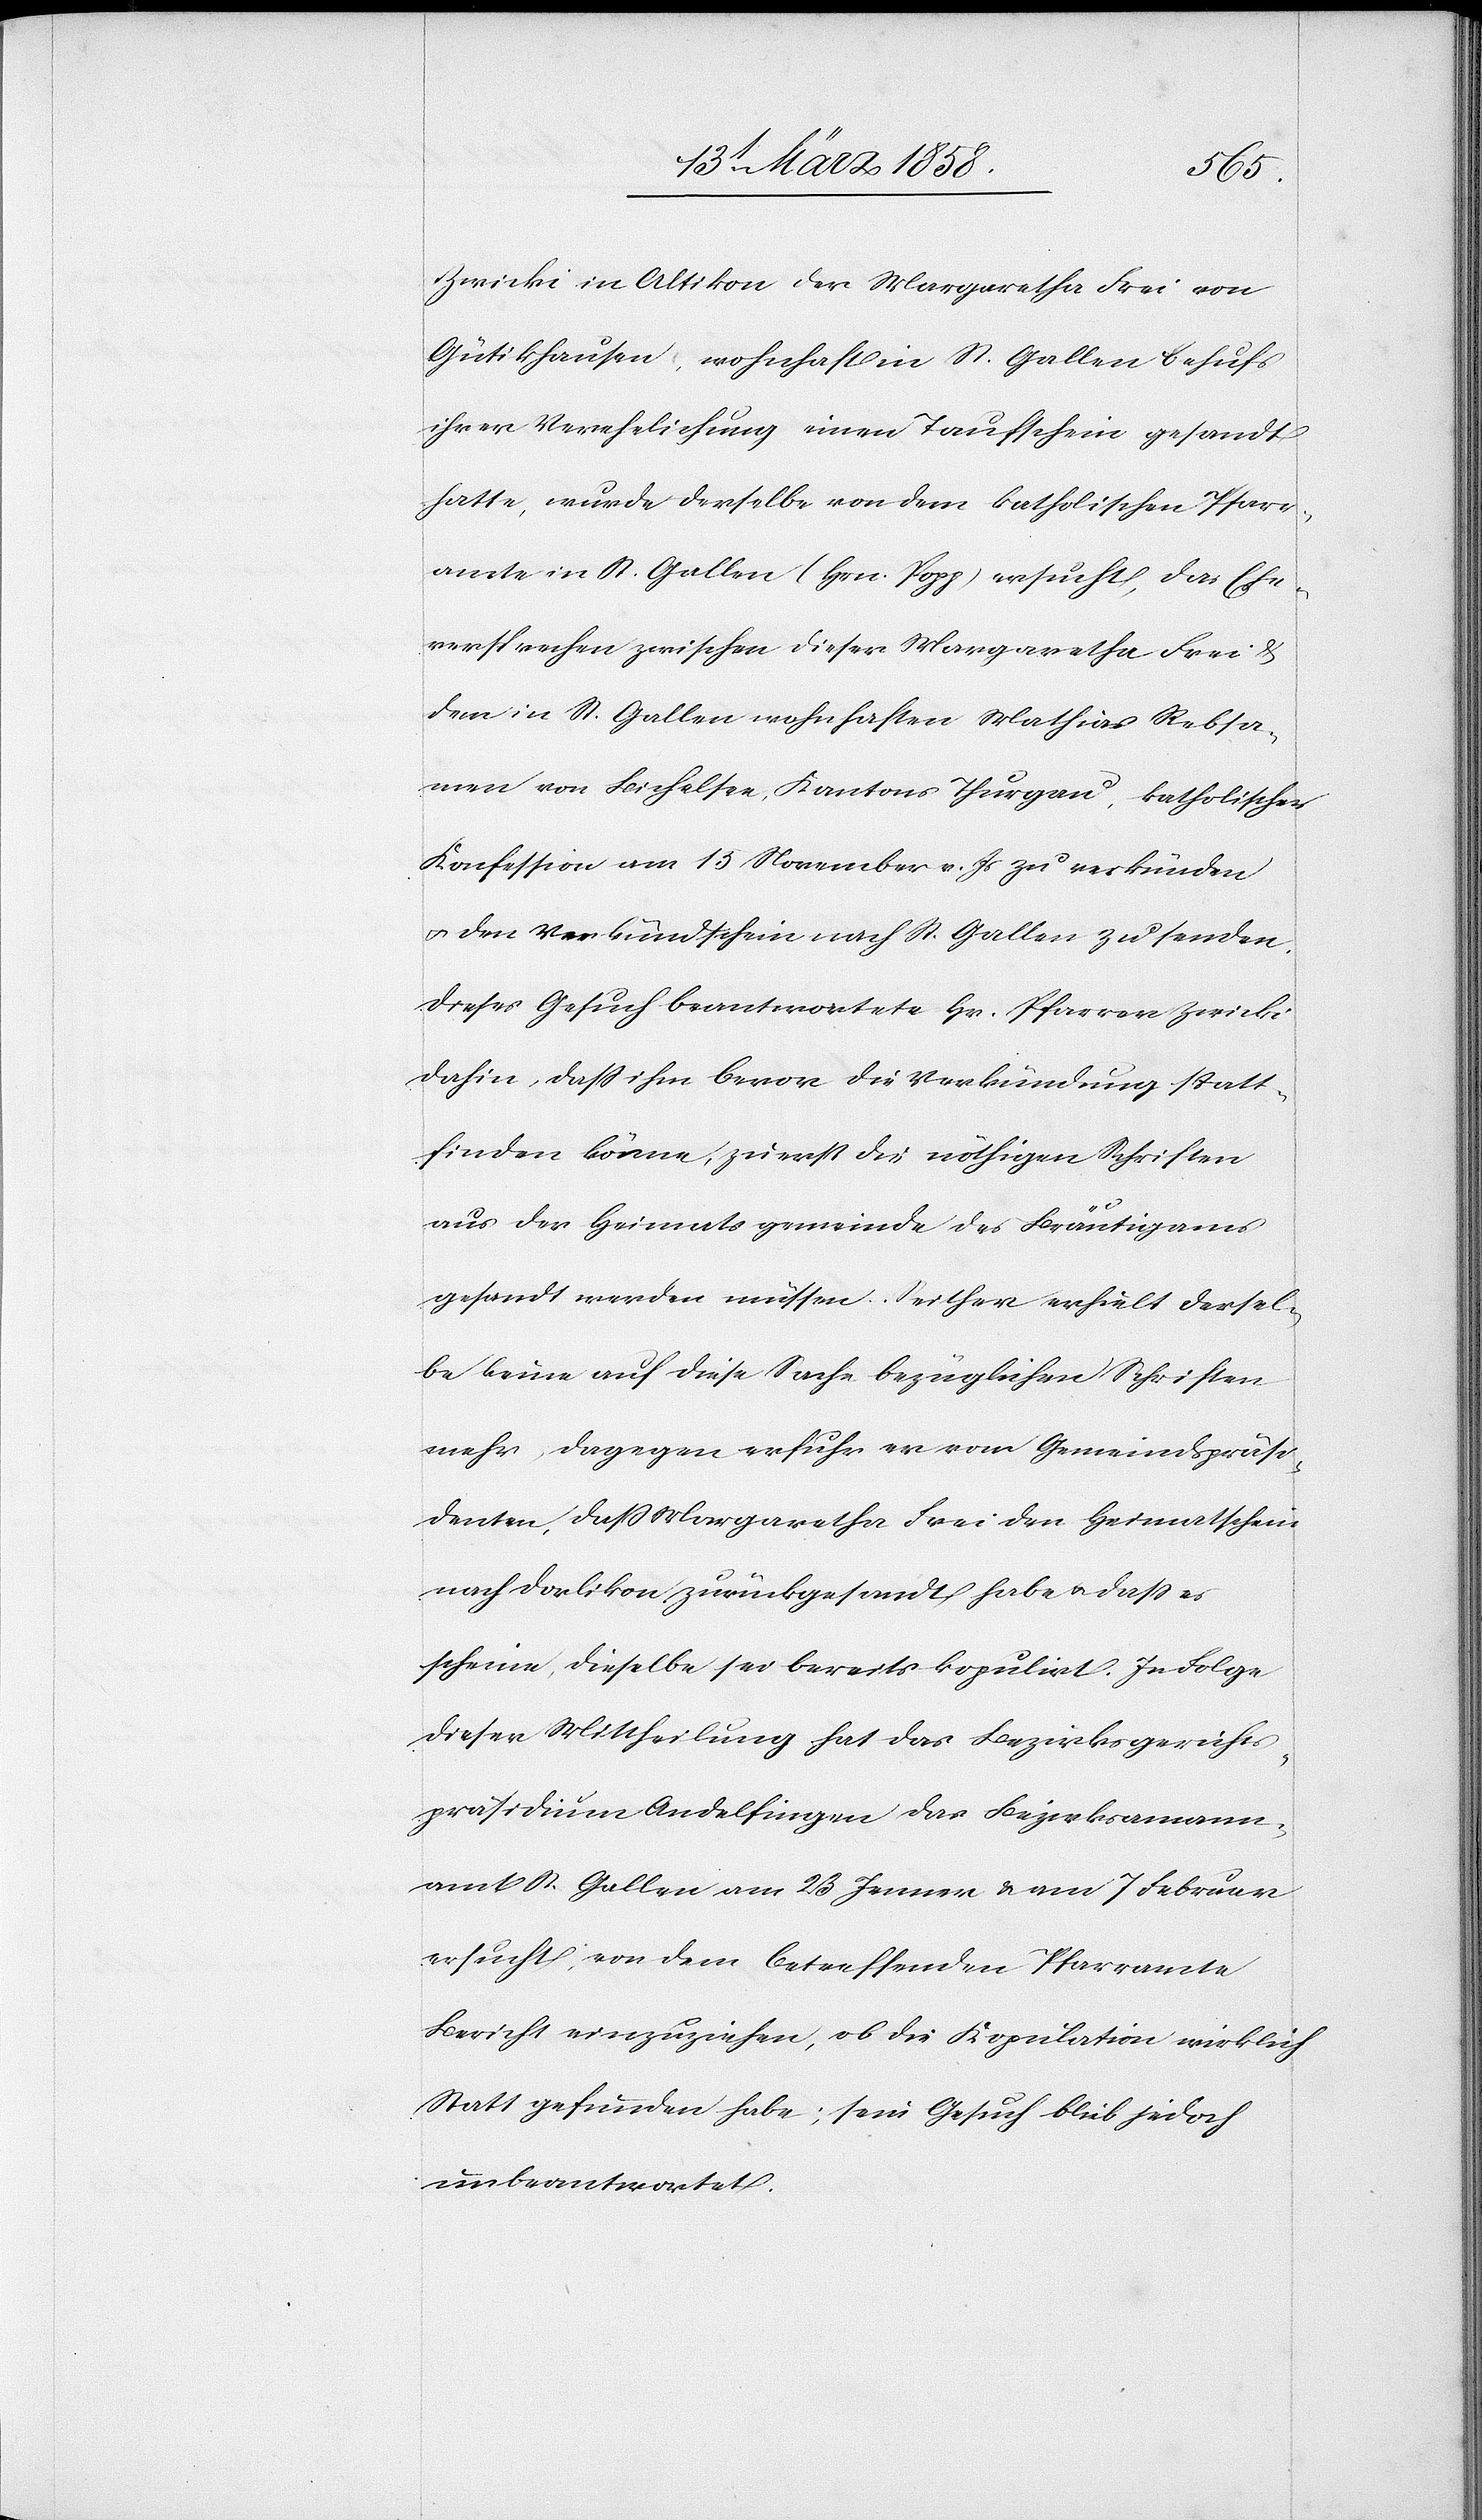
Zwicki in Altikon der Margaretha Frei von
Gütikhausen, wohnhaft in St. Gallen behufs
ihrer Verehelichung einen Taufschein gesandt
hatte, wurde derselbe von dem katholischen Pfarr¬
amte in St. Gallen (Hr. Popp) ersucht, das Ehe¬
versprechen zwischen dieser Margaretha Frei u.
dem in St. Gallen wohnhaften Mathias Rebsa¬
men von Bichelsee, Kantons Thurgau, katholischer
Konfession am 15. November v. Js. zu verkünden
u. den Verkündschein nach St. Gallen zu senden.
Dieses Gesuch beantwortete Hr. Pfarrer Zwicki
dahin, daß ihm bevor die Verkündung statt¬
finden könne, zuerst die nöthigen Schriften
aus der Heimatsgemeinde des Bräutigams
gesandt werden müssen. Seither erhält dersel¬
be keine auf diese Sache bezüglichen Schriften
mehr, dagegen erfuhr er vom Gemeindspräsi¬
denten, daß Margaretha Frei den Heimathschein
nach Dorlikon zurückgesandt habe u. daß es
scheine, dieselbe sei bereits kopulirt. In Folge
dieser Mittheilung hat das Bezirksgerichts¬
präsidium Andelfingen das Bezirksammann¬
amt St. Gallen am 23. Jenner u. am 7. Februar
ersucht, von dem betreffenden Pfarramte
Bericht einzuziehen, ob die Kopulation wirklich
Statt gefunden habe; sein Gesuch blieb jedoch
unbeantwortet.